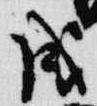
戌